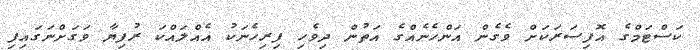
ކަސްޓަމްގެ އޮފިސަރަކަށް ވެގެން އަންހެނެއްގެ އަތުން ދިވެހި ފިރިހެނަކު އެއްލައްކަ ރުފިޔާ ވަގަށްނަގައިފި